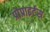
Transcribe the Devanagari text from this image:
प्रोप्राइर्टस